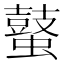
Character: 𪔖